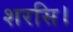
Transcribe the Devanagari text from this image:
शरसि।